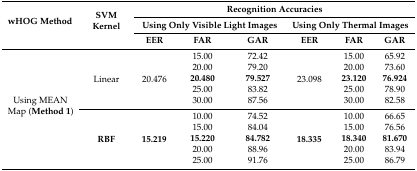
<table><thead><tr><td rowspan="3"><b>wHOG Method</b></td><td rowspan="3"><b>SVM Kernel</b></td><td colspan="6"><b>Recognition Accuracies</b></td></tr><tr><td colspan="3"><b>Using Only Visible Light Images</b></td><td colspan="3"><b>Using Only Thermal Images</b></td></tr><tr><td><b>EER</b></td><td><b>FAR</b></td><td><b>GAR</b></td><td><b>EER</b></td><td><b>FAR</b></td><td><b>GAR</b></td></tr></thead><tbody><tr><td rowspan="10">Using MEAN Map (<b>Method 1</b>)</td><td rowspan="5">Linear</td><td rowspan="5">20.476</td><td>15.00</td><td>72.42</td><td rowspan="5">23.098</td><td>15.00</td><td>65.92</td></tr><tr><td>20.00</td><td>79.20</td><td>20.00</td><td>73.60</td></tr><tr><td><b>20.480</b></td><td><b>79.527</b></td><td><b>23.120</b></td><td><b>76.924</b></td></tr><tr><td>25.00</td><td>83.82</td><td>25.00</td><td>78.90</td></tr><tr><td>30.00</td><td>87.56</td><td>30.00</td><td>82.58</td></tr><tr><td rowspan="5"><b>RBF</b></td><td rowspan="5"><b>15.219</b></td><td>10.00</td><td>74.52</td><td rowspan="5"><b>18.335</b></td><td>10.00</td><td>66.65</td></tr><tr><td>15.00</td><td>84.04</td><td>15.00</td><td>76.56</td></tr><tr><td><b>15.220</b></td><td><b>84.782</b></td><td><b>18.340</b></td><td><b>81.670</b></td></tr><tr><td>20.00</td><td>88.96</td><td>20.00</td><td>83.94</td></tr><tr><td>25.00</td><td>91.76</td><td>25.00</td><td>86.79</td></tr></tbody></table>